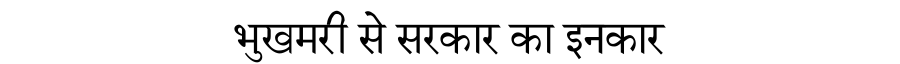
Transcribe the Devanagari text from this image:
भुखमरी से सरकार का इनकार